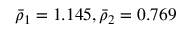
\bar { \rho } _ { 1 } = 1 . 1 4 5 , \bar { \rho } _ { 2 } = 0 . 7 6 9